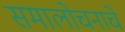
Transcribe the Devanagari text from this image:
समालोचनाचे